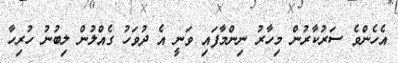
އެހެންވެ ސަރުކާރުން މިހާރު ނިންމާފައި ވަނީ އެ ދުވަހު ގެއްލުން ލިބުނު ހުރިހާ